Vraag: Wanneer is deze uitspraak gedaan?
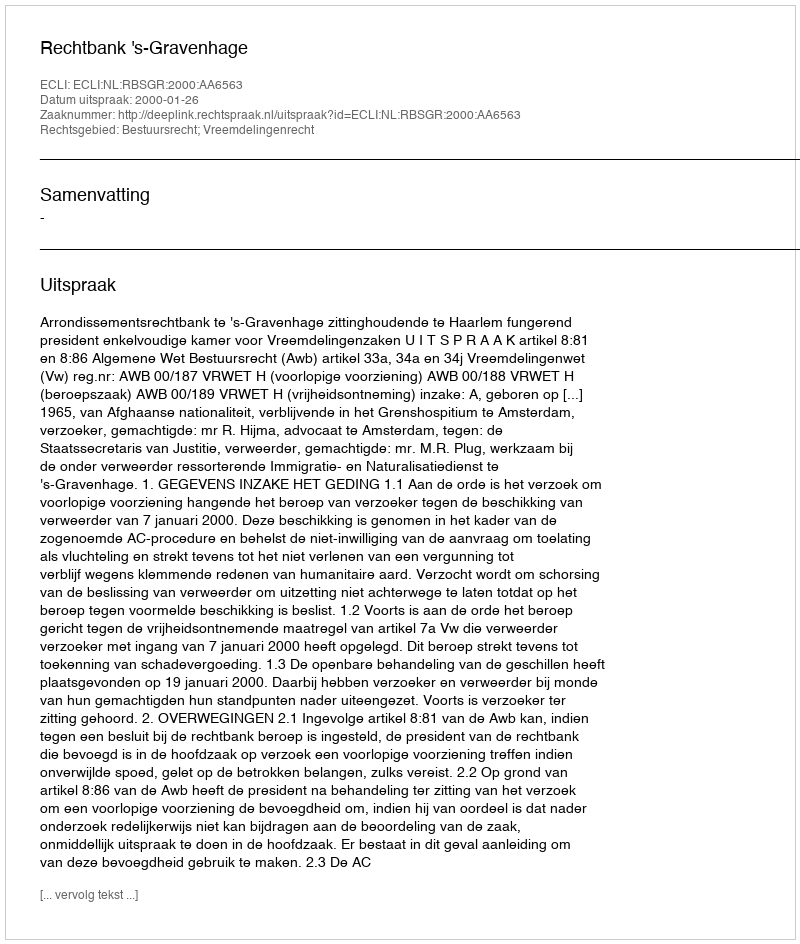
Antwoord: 2000-01-26